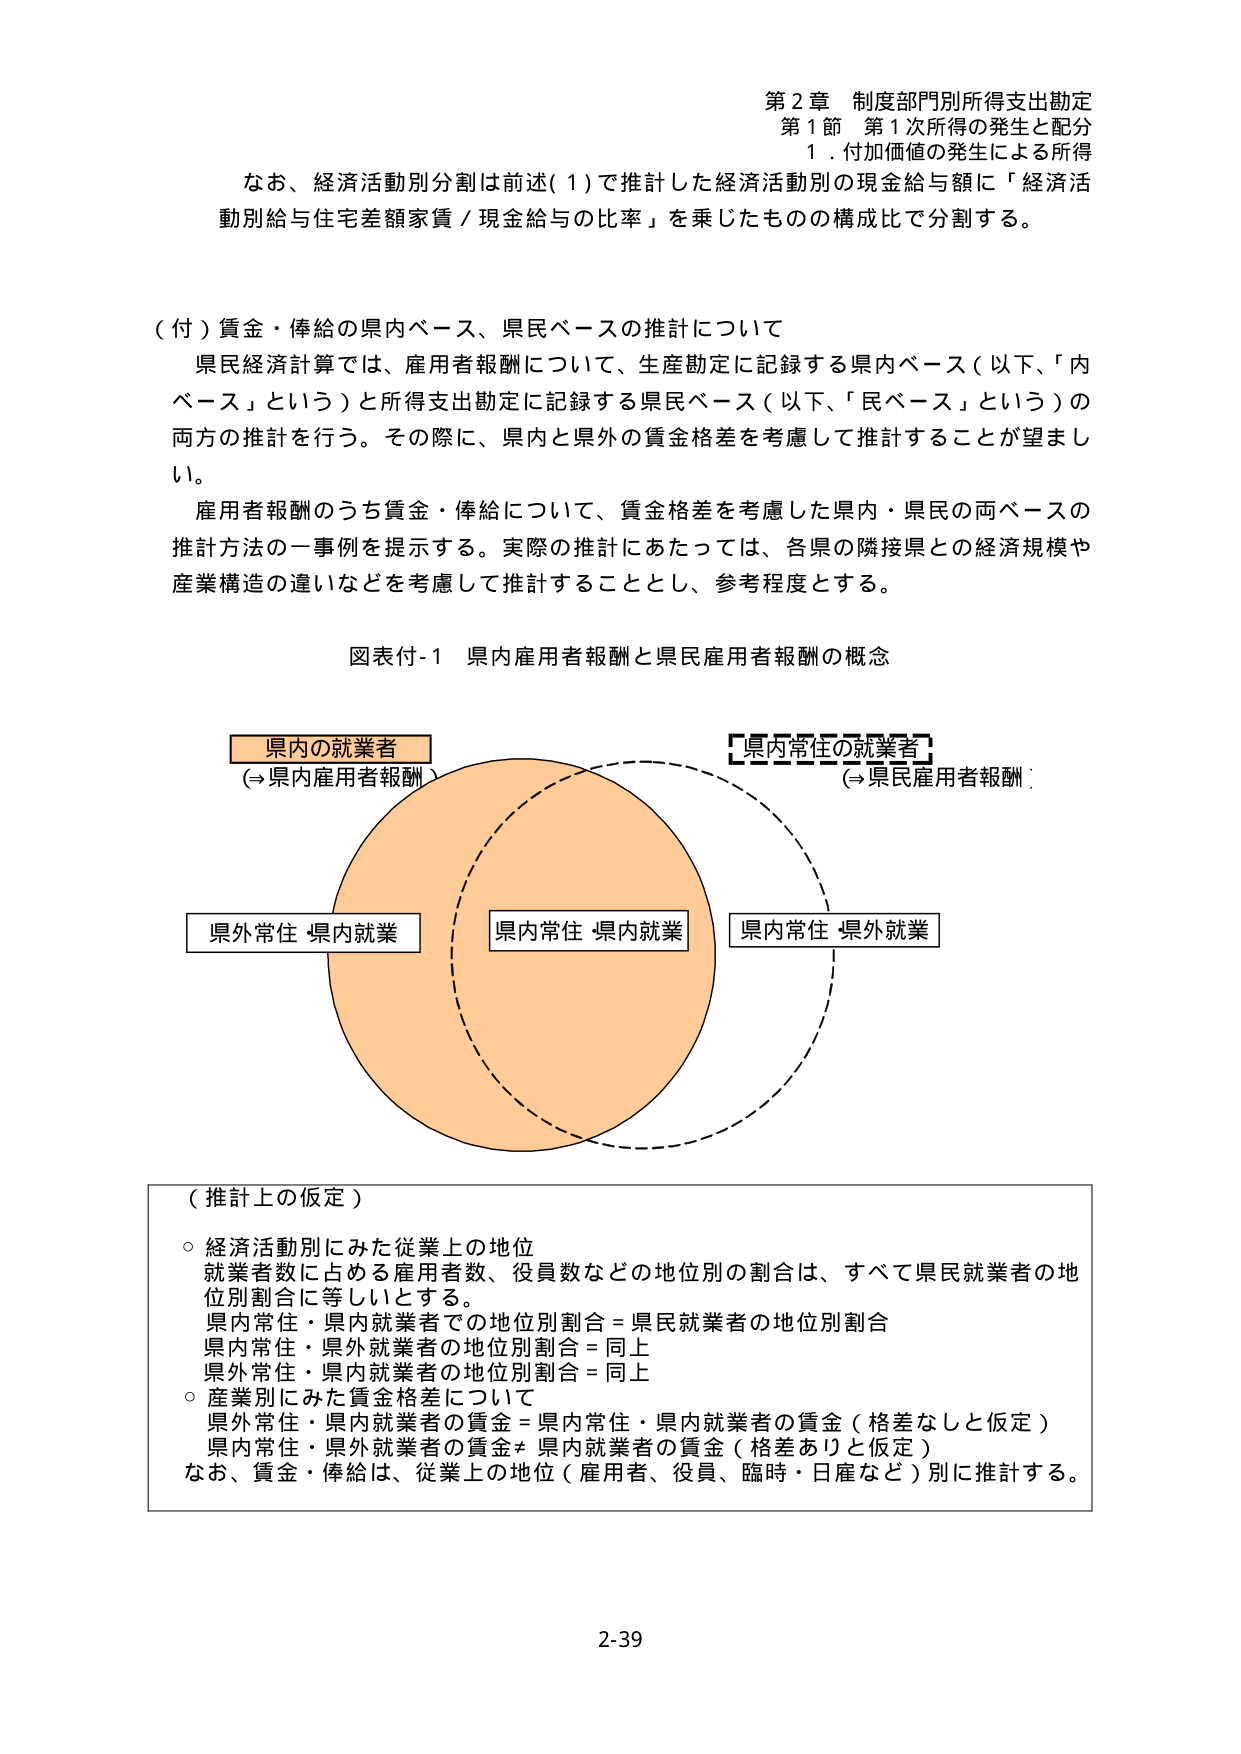
第２章 制度部門別所得支出勘定
第１節 第１次所得の発生と配分
１．付加価値の発生による所得

なお、経済活動別分割は前述（１）で推計した経済活動別の現金給与額に「経済活動別給与住宅差額家賃／現金給与の比率」を乗じたものの構成比で分割する。

（付）賃金・俸給の県内ベース、県民ベースの推計について
県民経済計算では、雇用者報酬について、生産勘定に記録する県内ベース（以下、「内ベース」という）と所得支出勘定に記録する県民ベース（以下、「民ベース」という）の両方の推計を行う。その際に、県内と県外の賃金格差を考慮して推計することが望ましい。
雇用者報酬のうち賃金・俸給について、賃金格差を考慮した県内・県民の両ベースの推計方法の一事例を提示する。実際の推計にあたっては、各県の隣接県との経済規模や産業構造の違いなどを考慮して推計することとし、参考程度とする。

図表付-1 県内雇用者報酬と県民雇用者報酬の概念

県内の就業者
（⇒県内雇用者報酬）

県内常住の就業者
（⇒県民雇用者報酬）

県外常住・県内就業
県内常住・県内就業
県内常住・県外就業

（推計上の仮定）
○ 経済活動別にみた従業上の地位
　就業者数に占める雇用者数、役員数などの地位別の割合は、すべて県民就業者の地位別割合に等しいとする。
　県内常住・県内就業者での地位別割合＝県民就業者の地位別割合
　県内常住・県外就業者の地位別割合＝同上
　県外常住・県内就業者の地位別割合＝同上
○ 産業別にみた賃金格差について
　県外常住・県内就業者の賃金＝県内常住・県内就業者の賃金（格差なしと仮定）
　県内常住・県外就業者の賃金≠県内就業者の賃金（格差ありと仮定）
　なお、賃金・俸給は、従業上の地位（雇用者、役員、臨時・日雇など）別に推計する。

2-39